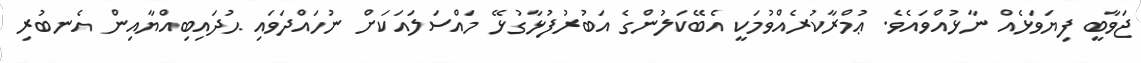
ޖަވާބީ ފިޔަވަޅެއް ނާޅުއްވައެވެ. ޢުމްރާކުރެއްވުމަކީ އެބޭކަލުންގެ އަބުރުފުޅާގުޅޭ މައްސަލައަކަށް ނުހައްދަވައި ޙުދައިބިއްޔާއިން އެނބުރި